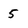
Character: 5